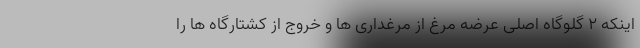
اینکه ۲ گلوگاه اصلی عرضه مرغ از مرغداری ها و خروج از کشتارگاه ها را